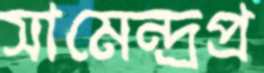
সামেন্দ্রপ্র